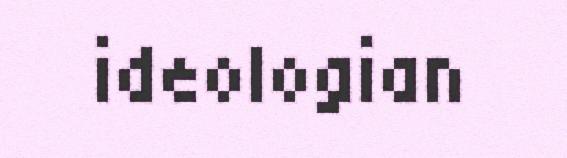
ideologian